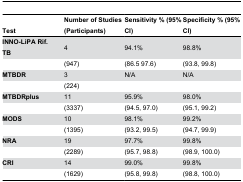
<table><thead><tr><td><b>Test</b></td><td><b>Number of Studies (Participants)</b></td><td><b>Sensitivity % (95% CI)</b></td><td><b>Specificity % (95% CI)</b></td></tr></thead><tbody><tr><td><b>INNO-LiPA Rif. TB</b></td><td>4</td><td>94.1%</td><td>98.8%</td></tr><tr><td></td><td>(947)</td><td>(86.5 97.6)</td><td>(93.8, 99.8)</td></tr><tr><td><b>MTBDR</b></td><td>3</td><td>N/A</td><td>N/A</td></tr><tr><td></td><td>(224)</td><td></td><td></td></tr><tr><td><b>MTBDRplus</b></td><td>11</td><td>95.9%</td><td>98.0%</td></tr><tr><td></td><td>(3337)</td><td>(94.5, 97.0)</td><td>(95.1, 99.2)</td></tr><tr><td><b>MODS</b></td><td>10</td><td>98.1%</td><td>99.2%</td></tr><tr><td></td><td>(1395)</td><td>(93.2, 99.5)</td><td>(94.7, 99.9)</td></tr><tr><td><b>NRA</b></td><td>19</td><td>97.7%</td><td>99.8%</td></tr><tr><td></td><td>(2289)</td><td>(95.7, 98.8)</td><td>(98.9, 100.0)</td></tr><tr><td><b>CRI</b></td><td>14</td><td>99.0%</td><td>99.8%</td></tr><tr><td></td><td>(1629)</td><td>(95.8, 99.8)</td><td>(98.8, 100.0)</td></tr></tbody></table>